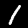
Digit: 1